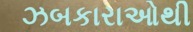
ઝબકારાઓથી